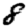
Digit: 8